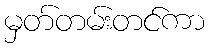
မှတ်တမ်းတင်ကာ